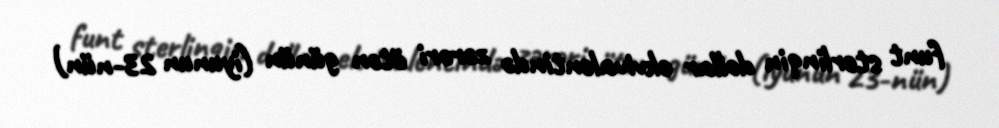
funt sterlinqin dollar ekvivalentində zərəri ötən günün (iyunun 23-nün)